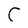
Character: C